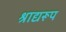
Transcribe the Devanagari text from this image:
श्राद्यरूप